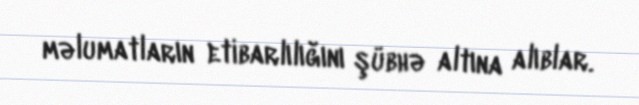
məlumatların etibarlılığını şübhə altına alıblar.